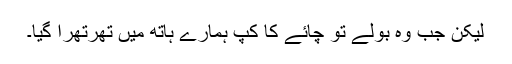
لیکن جب وہ بولے تو چائے کا کپ ہمارے ہاتھ میں تھرتھرا گیا۔